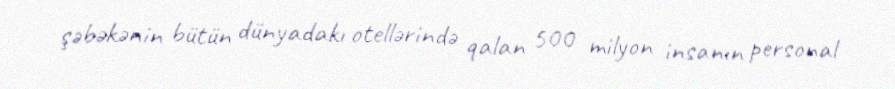
şəbəkənin bütün dünyadakı otellərində qalan 500 milyon insanın personal